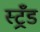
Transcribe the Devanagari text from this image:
स्ट्रँड